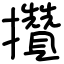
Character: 攢